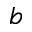
b